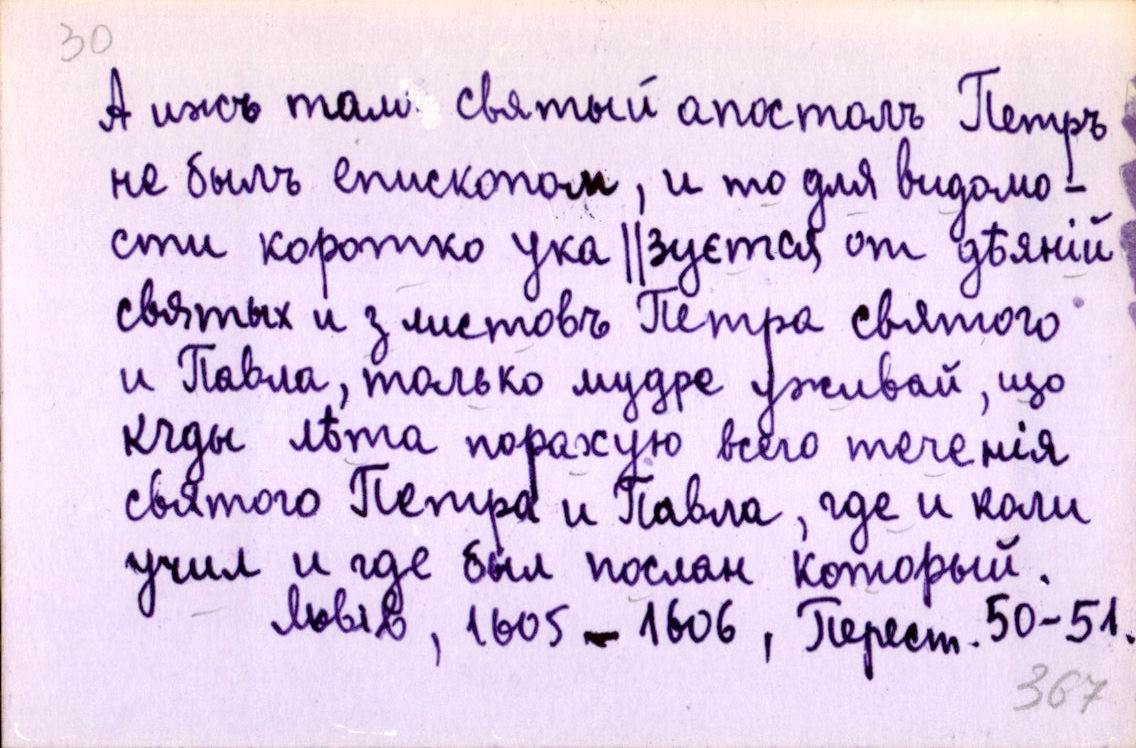
А ижъ там святый апостолъ Петръ
не былъ епископом, и то для видомо-
сти коротко ука║зуєтся от дѣяній
святых и з листовъ Петра святого
и Павла, только мудре уживай, що
кгды лѣта поражую всего теченія
святого Петра и Павла, где и коли
учил и где был послан который.
Львів, 1605-1606, Перест. 50-51.